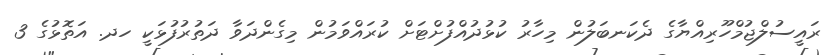
ރައީސުލްޖުމްހޫރިއްޔާގެ ދެކަނބަލުން މިހާރު ކުޅުދުއްފުށްޓަށް ކުރައްވަމުން މިގެންދަވާ ދަތުރުފުޅަކީ ހދ. އަތޮޅުގެ 3